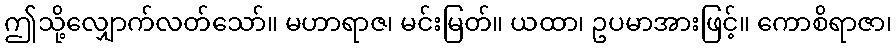
ဤသို့လျှောက်လတ်သော်။ မဟာရာဇ၊ မင်းမြတ်။ ယထာ၊ ဥပမာအားဖြင့်။ ကောစိရာဇာ၊